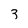
Character: 3